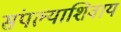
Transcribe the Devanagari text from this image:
संपल्याशिवाय